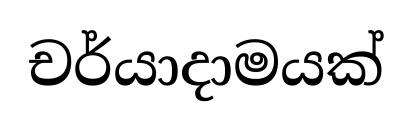
චර්යාදාමයක්